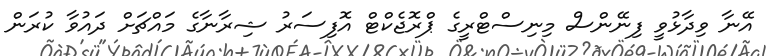
އޭނާ ވިދާޅުވީ ފިނޭންސް މިނިސްޓްރީގެ ޕްރޮޖެކްޓް އޮފިސަރު ޝިރާނާގެ މައްޗަށް ދައުވާ ކުރަން